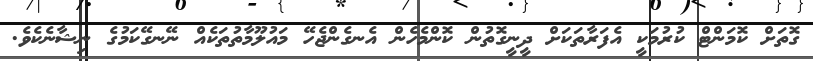
ގޮތަށް ކޮމަންޓްް ކުރުމަކީ އެފަރާތަކަށް ދީނީގޮތުން ކޮންމެހެން އެނގެންޖެހޭ މައުލޫމާތުތަކެއް ނޭނގޭކަމުގެ ނިޝާނެކެވެ.